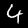
Digit: 4